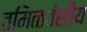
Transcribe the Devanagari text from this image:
तमिळवंशीय